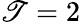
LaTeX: \mathscr{T}=2